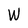
Character: W